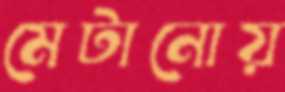
মেটানোয়